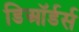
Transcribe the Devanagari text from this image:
डिऑर्डर्स